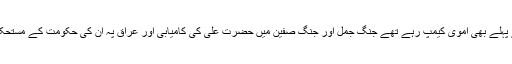
باقی رہ گئے کمزور یا وہ اشراف قبائل کے سردار جو حضرت علی کرم اللہ وجہہ الکریم کی کوفہ آمد سے پہلے بھی اموی کیمپ رہے تھے جنگ جمل اور جنگ صفین میں حضرت علی کی کامیابی اور عراق پہ ان کی حکومت کے مستحکم ہوجانے نے ان کو اطاعت پہ مجبور کردیا تھا اور یہ کبھی بھی دل سے علوی کیمپ میں شامل نہ تھے۔